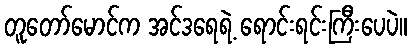
တူတော်မောင်က အင်ဒရေရဲ့ ရောင်းရင်းကြီးပေပဲ။